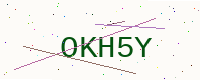
Text: OKH5Y